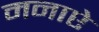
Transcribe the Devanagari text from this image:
मनाऐ